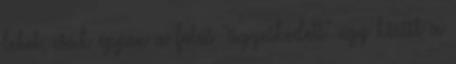
lehet, csak éppen a fotós "ügyeskedett" egy kicsit a